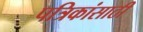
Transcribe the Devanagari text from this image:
पत्रिकांसाठी